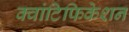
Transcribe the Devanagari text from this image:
क्वांटिफिकेशन